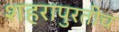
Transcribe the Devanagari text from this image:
शहरापुरतीच